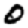
Digit: 0